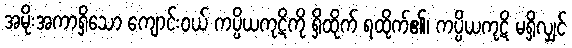
အမိုးအကာရှိသော ကျောင်းဝယ် ကပ္ပိယကုဋိကို ရှိထိုက် ရထိုက်၏၊ ကပ္ပိယကုဋိ မရှိလျှင်